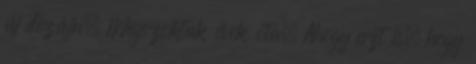
új dizájn. Megszoktuk évek óta. Ahogy azt is, hogy